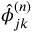
\hat { \phi } _ { j k } ^ { ( n ) }